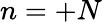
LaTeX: n=+N